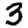
Digit: 3